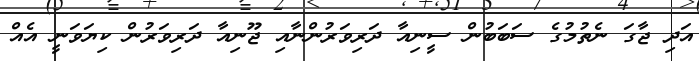
އަދި ޖާގަ ނެތުމުގެ ސަބަބުން ސީނިއާ ދަރިވަރުންނާއި ޖޫނިއާ ދަރިވަރުން ކިޔަވަނީ އެއް